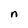
Character: n